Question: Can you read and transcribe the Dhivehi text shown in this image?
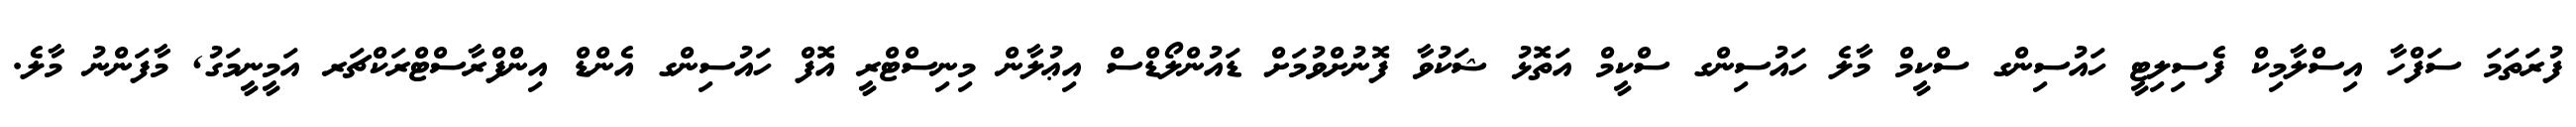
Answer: ފުރަތަމަ ސަފްހާ އިސްލާމިކް ފެސިލިޓީ ހައުސިންގ ސްކީމް މާލެ ހައުސިންގ ސްކީމް އަތޮޅު ޝަކުވާ ފޮނުށްވުމަށް ޑައުންލޯޑްސް އިޢުލާން މިނިސްޓްރީ އޮފް ހައުސިންގ އެންޑް އިންފްރާސްޓްރަކްޗަރ އަމީނީމަގު, މާފަންނު މާލެ.